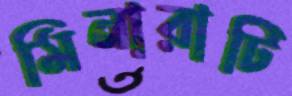
মিনারাটি